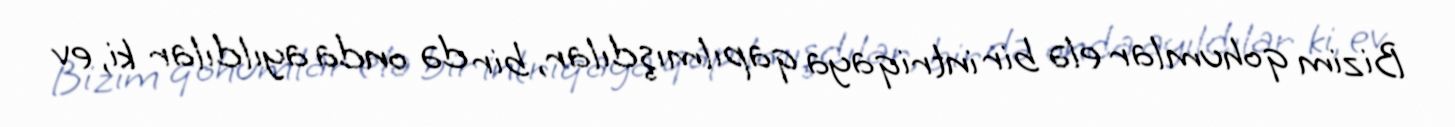
Bizim qohumlar elə bir intriqaya qapılmışdılar, bir də onda ayıldılar ki, ev